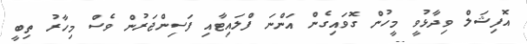
އޮފިޝަލް ވިދާޅުވީ މީހުން ގޮވައިގެން އަންނަ ފްލައިޓާއި ފަސިންޖަރުން ވެސް މިހާރު ތިބީ